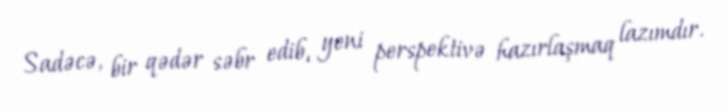
Sadəcə, bir qədər səbr edib, yeni perspektivə hazırlaşmaq lazımdır.